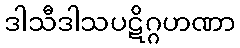
ဒါသီဒါသပဋိဂ္ဂဟဏာ